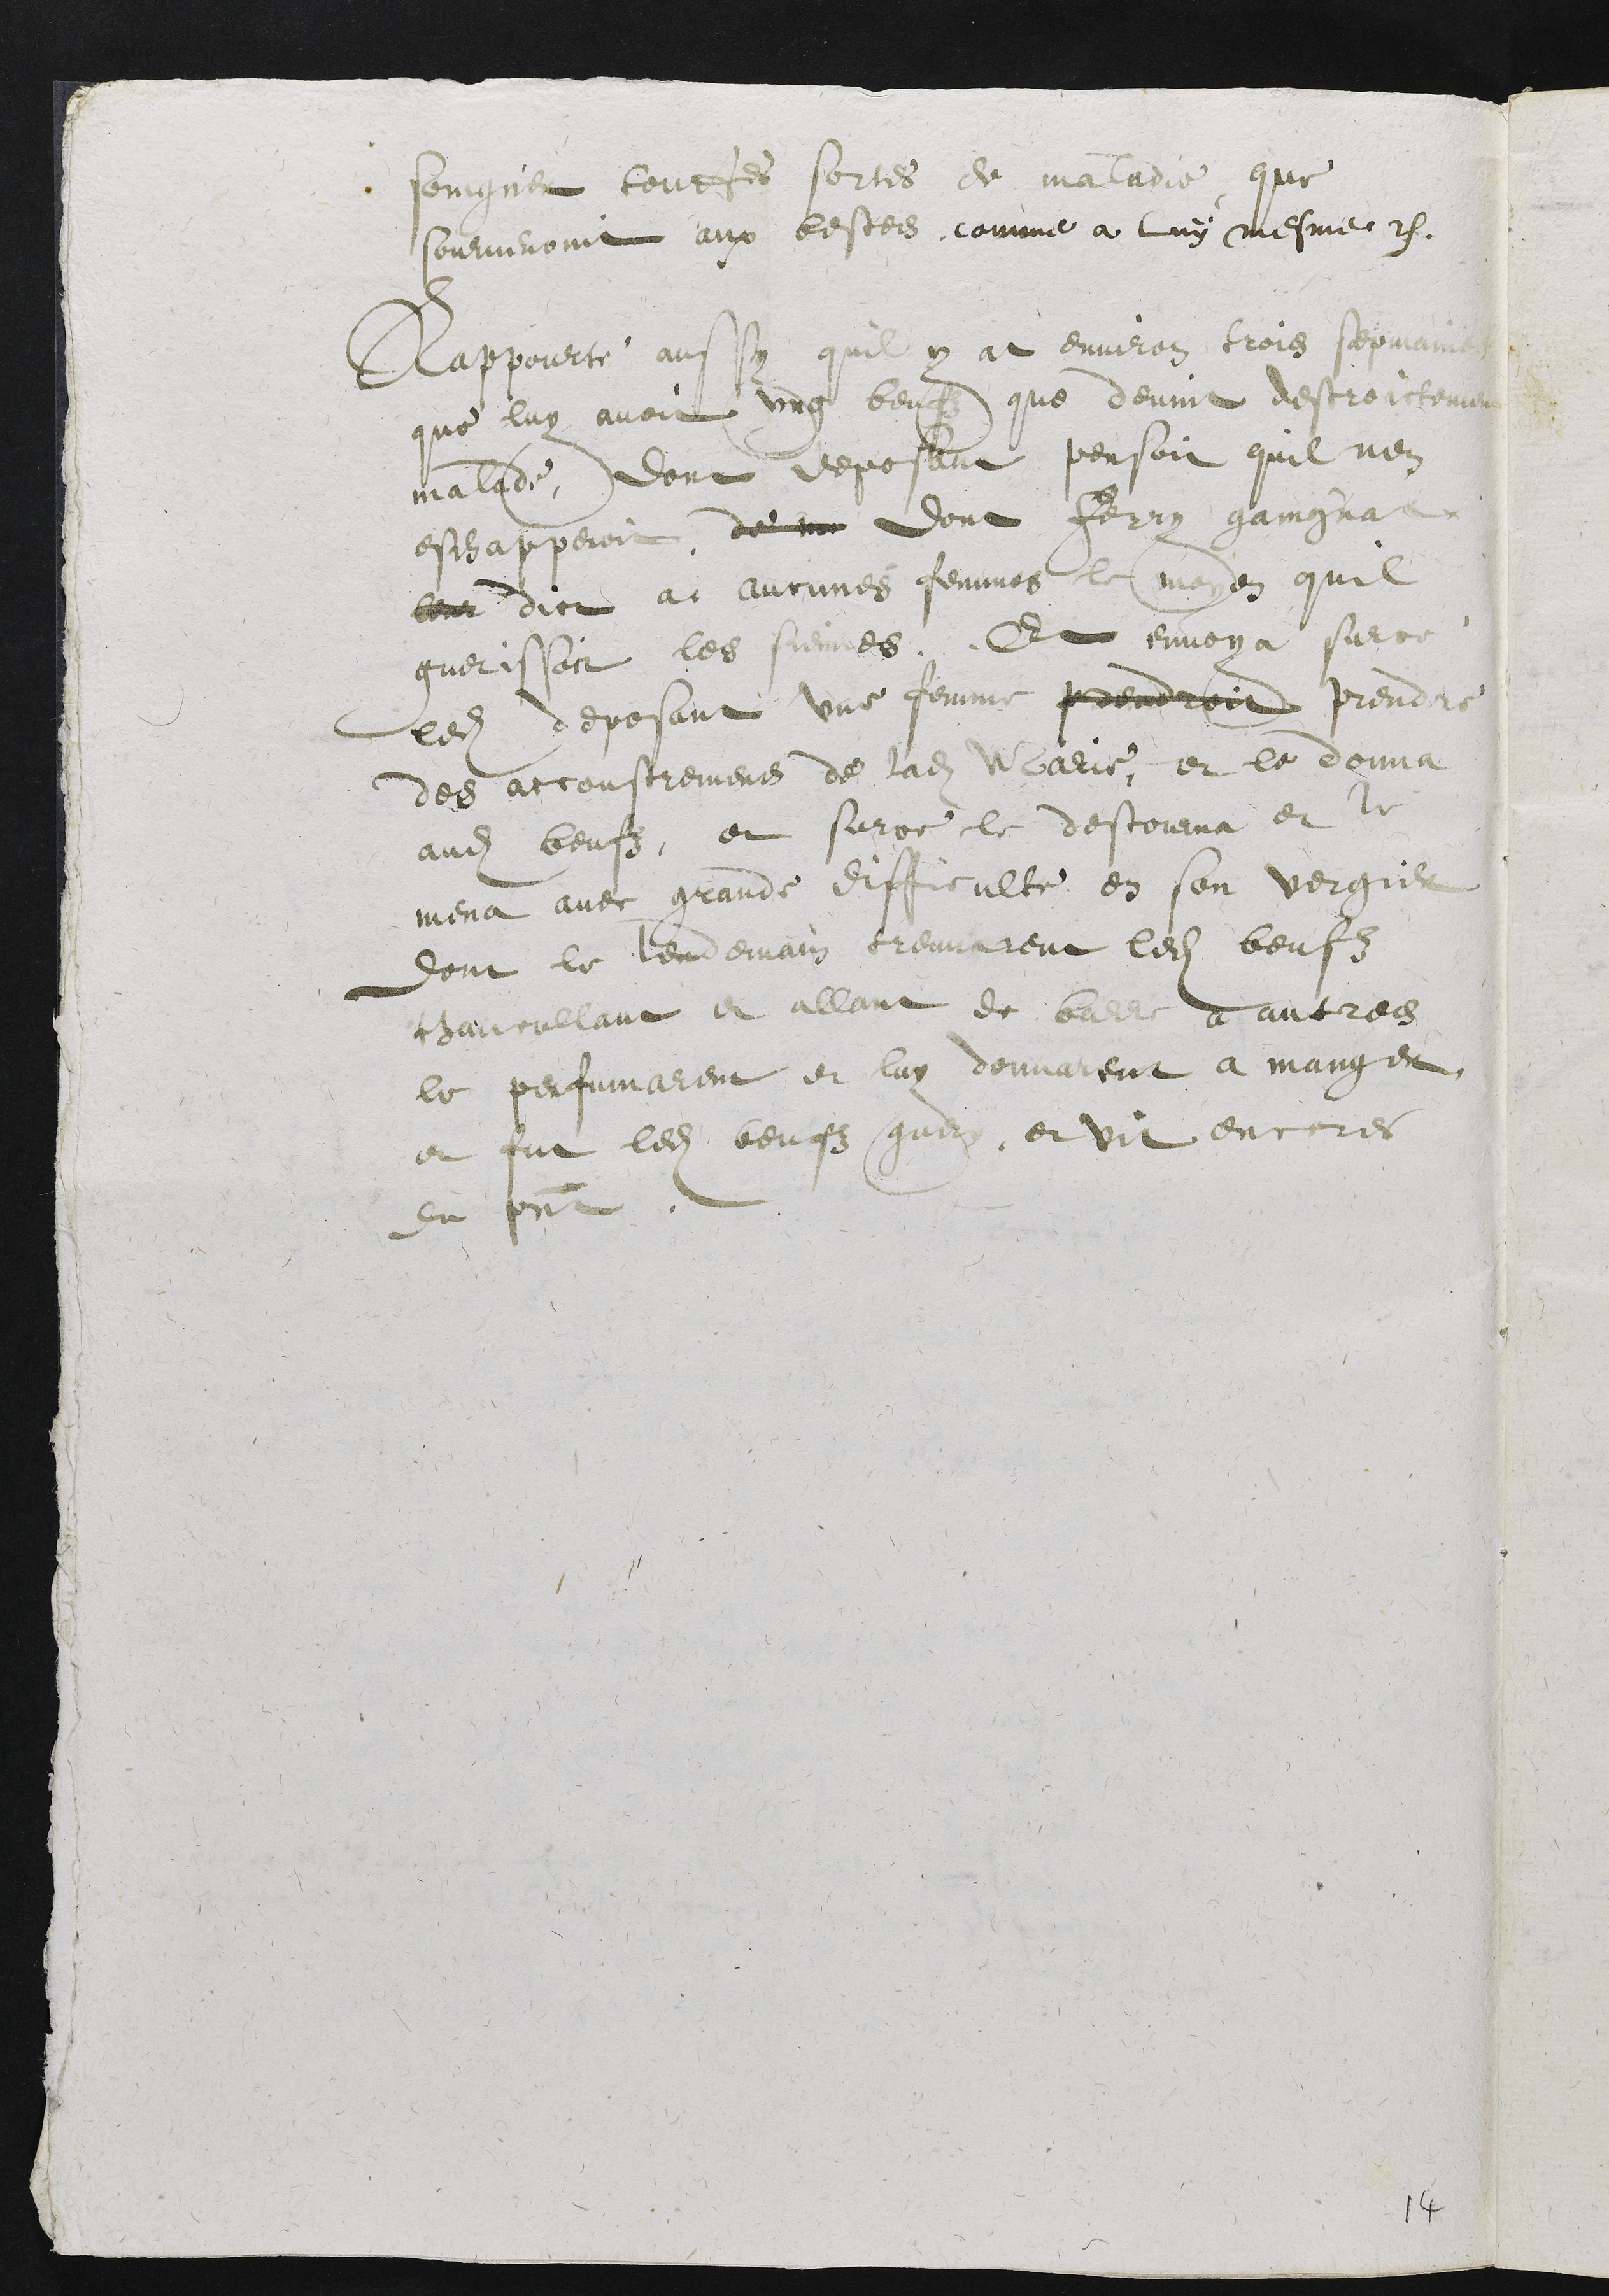
soingner toutes sortes de maladie que
sourvenoint aux bestes comme a luÿ mesme dict
Rappourte aussi que y at environ trois sepmaines
que luy avoit ung beuf que devint destroictement
malade, dont deposant pensoit quil nen
eschapperoit. De nen dont ferry gaingnat
leur dict at aucunes femmea le moyen quil
guerissoit les siennes. Et envoya surce
ledit deposant une femme prendroit prendre
des accoustrements de ladite Marie, et en donna
audits beufs, et surce le destourna et le
mena avec grande difficulté en son vergier
dont le lendemain trouverent lesdits beufs
chancellant et allant de barre a autres
le perfumarent et luy donnarent a manger,
et fut ledit beufs guery, et vit encors
du présent